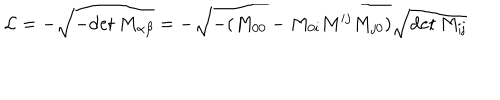
LaTeX: { \cal L } = - \sqrt { - \mathrm { d e t } ~ M _ { \alpha \beta } } = - \sqrt { - ( M _ { 0 0 } - M _ { 0 i } M ^ { i j } M _ { j 0 } ) } \sqrt \mathrm { { d e t } ~ M _ { i j } }